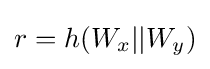
r=h(W_{x}||W_{y})